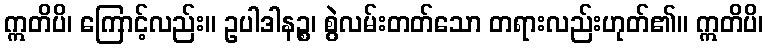
ဣတိပိ၊ ကြောင့်လည်း။ ဥပါဒါနဉ္စ၊ စွဲလမ်းတတ်သော တရားလည်းဟုတ်၏။ ဣတိပိ၊